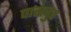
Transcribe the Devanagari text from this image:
पासवुर